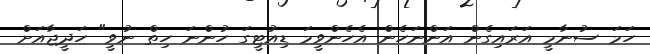
ހަމަ ސުނާމީ އަރައިގެން އަންނަހެން އެހެންވީމަ ޑިއުޓީގަ ހުންނަ ހިތް ނުވީ" ހަދީޖާއަށް